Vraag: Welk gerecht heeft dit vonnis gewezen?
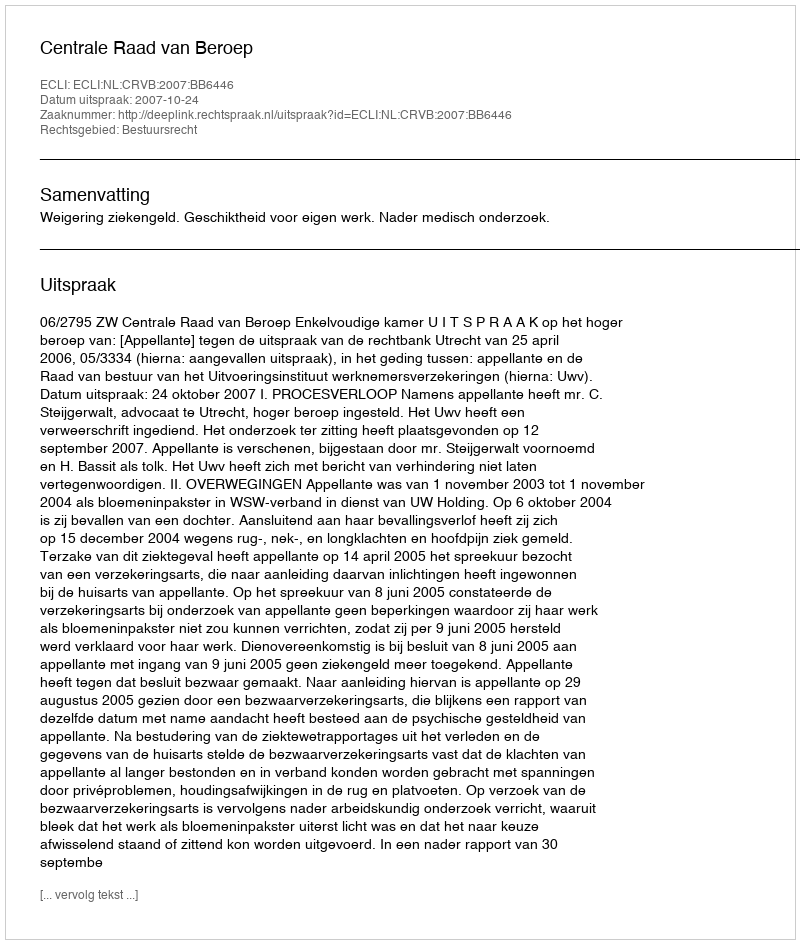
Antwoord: Centrale Raad van Beroep